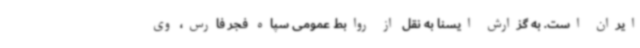
ایران است. به گزارش ایسنا به نقل از روابط عمومی سپاه فجر فارس، وی